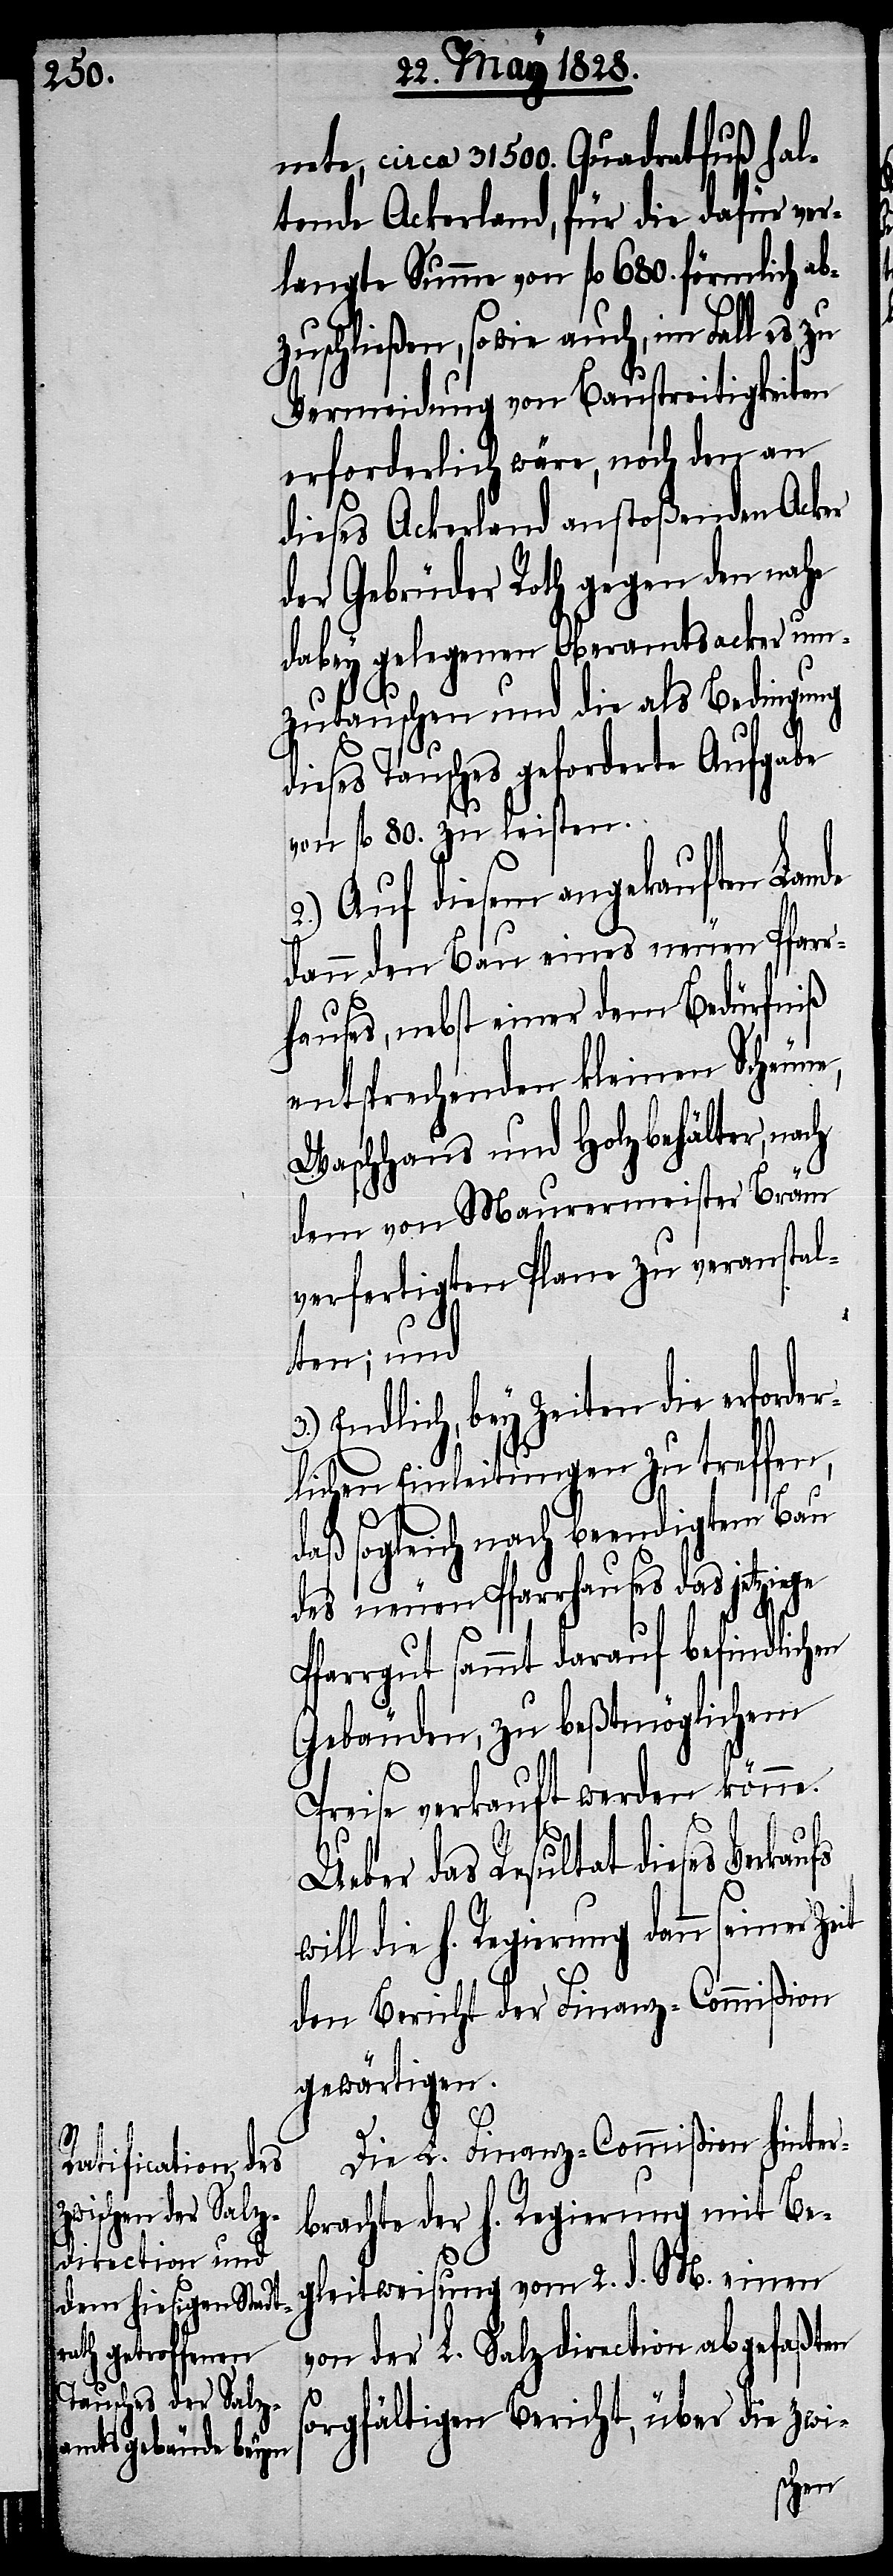
dann seiner Zeit

nete, circa 31 500.Quadratfuß hal¬
tende Ackerland, für die dafür ver¬
langte Summe von fl. 680. förmlich ab¬
zuschließen, sowie auch, im Fall es zu
Vermeidung von Baustreitigkeiten
erforderlich wäre, noch den an
dieses Ackerland anstoßenden Acker
der Gebrüder Roth gegen den nahe
dabey gelegenen Oberamtsacker um¬
zutauschen und die als Bedingung
dieses Tausches geforderte Aufgabe
von fl. 80. zu leisten.
2.) Auf diesem angekauften
dann den Bau eines neuen Pfarr¬
hauses, nebst einer dem Bedürfniß
entsprechenden kleinen Scheune,
Waschhaus und Holzbehälter, nach
dem von Maurermeister Bräm
verfertigten Plane zu veranstal¬
ten; und
Endlich, bey Zeiten die erforde¬
rlichen Einleitungen zu treffen,
daß sogleich nach beendigtem Bau
des neuen Pfarrhauses das jetzige
Pfarrgut sammt darauf befindlichen
Gebäuden, zu beßtmöglichem
Preise verkauft werden könne.
will die h. Regierung
den Bericht der Finanz-Commißion
gewärtigen.
Die L. Finanz-Commißion hinter¬
brachte der h. Regierung mit Be¬
gleitweisung vom 2. d. M. einen
von der L. Salzdirection abgefaßten
sorgfältigen Bericht, über die zwi-